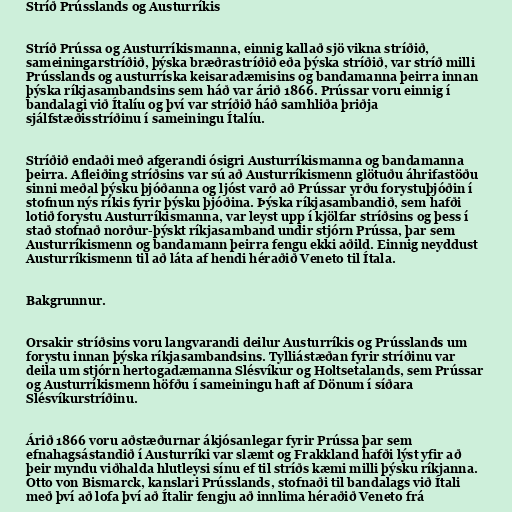
Stríð Prússlands og Austurríkis

Stríð Prússa og Austurríkismanna, einnig kallað sjö vikna stríðið,
sameiningarstríðið, þýska bræðrastríðið eða þýska stríðið, var stríð milli
Prússlands og austurríska keisaradæmisins og bandamanna þeirra innan
þýska ríkjasambandsins sem háð var árið 1866. Prússar voru einnig í
bandalagi við Ítalíu og því var stríðið háð samhliða þriðja
sjálfstæðisstríðinu í sameiningu Ítalíu.

Stríðið endaði með afgerandi ósigri Austurríkismanna og bandamanna
þeirra. Afleiðing stríðsins var sú að Austurríkismenn glötuðu áhrifastöðu
sinni meðal þýsku þjóðanna og ljóst varð að Prússar yrðu forystuþjóðin í
stofnun nýs ríkis fyrir þýsku þjóðina. Þýska ríkjasambandið, sem hafði
lotið forystu Austurríkismanna, var leyst upp í kjölfar stríðsins og þess í
stað stofnað norður-þýskt ríkjasamband undir stjórn Prússa, þar sem
Austurríkismenn og bandamann þeirra fengu ekki aðild. Einnig neyddust
Austurríkismenn til að láta af hendi héraðið Veneto til Ítala.

Bakgrunnur.

Orsakir stríðsins voru langvarandi deilur Austurríkis og Prússlands um
forystu innan þýska ríkjasambandsins. Tylliástæðan fyrir stríðinu var
deila um stjórn hertogadæmanna Slésvíkur og Holtsetalands, sem Prússar
og Austurríkismenn höfðu í sameiningu haft af Dönum í síðara
Slésvíkurstríðinu.

Árið 1866 voru aðstæðurnar ákjósanlegar fyrir Prússa þar sem
efnahagsástandið í Austurríki var slæmt og Frakkland hafði lýst yfir að
þeir myndu viðhalda hlutleysi sínu ef til stríðs kæmi milli þýsku ríkjanna.
Otto von Bismarck, kanslari Prússlands, stofnaði til bandalags við Ítali
með því að lofa því að Ítalir fengju að innlima héraðið Veneto frá